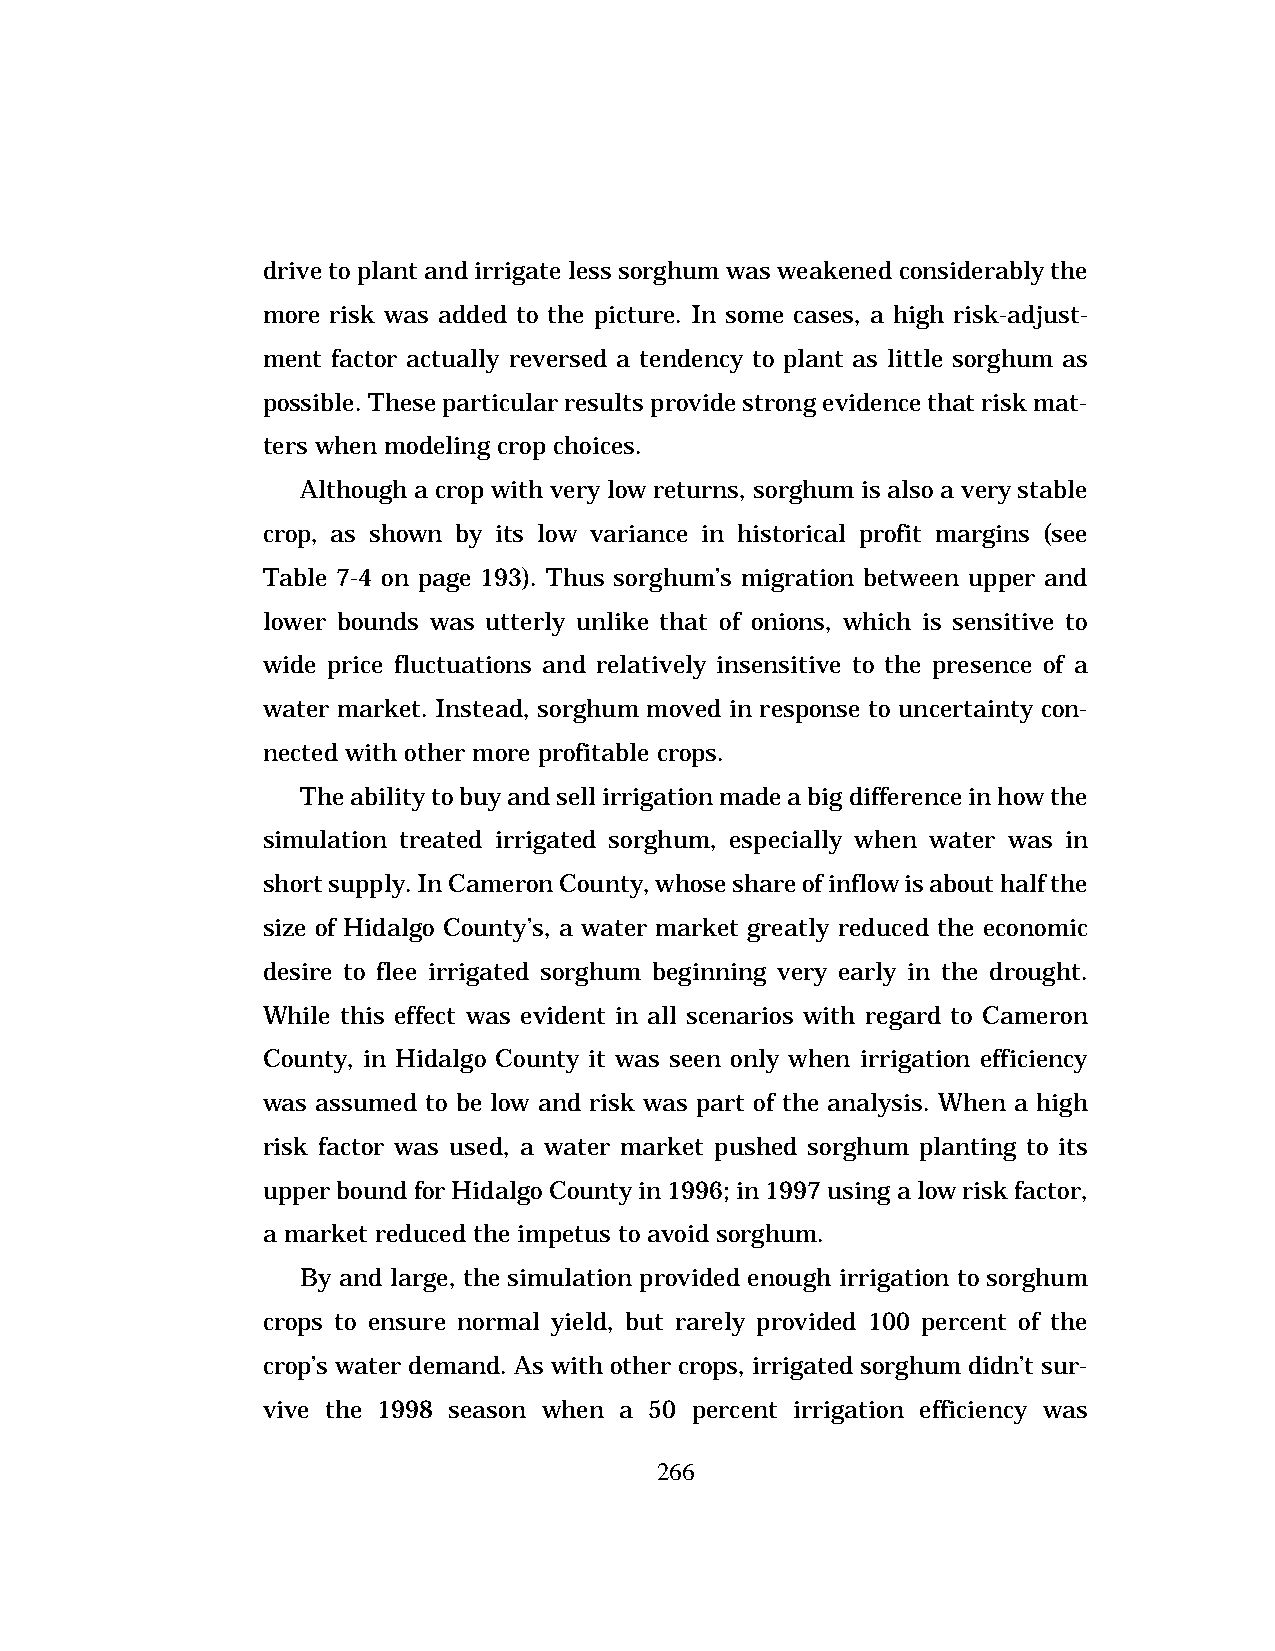
drive to plant and irrigate less sorghum was weakened considerably the
 more risk was added to the picture. In some cases, a high risk-adjust-
 ment factor actually reversed a tendency to plant as little sorghum as
 possible. These particular results provide strong evidence that risk mat-
 ters when modeling crop choices.
 Although a crop with very low returns, sorghum is also a very stable
 crop, as shown by its low variance in historical profit margins (see
 Table 7-4 on page 193). Thus sorghum’s migration between upper and
 lower bounds was utterly unlike that of onions, which is sensitive to
 wide price fluctuations and relatively insensitive to the presence of a
 water market. Instead, sorghum moved in response to uncertainty con-
 nected with other more profitable crops.
 The ability to buy and sell irrigation made a big difference in how the
 simulation treated irrigated sorghum, especially when water was in
 short supply. In Cameron County, whose share of inflow is about half the
 size of Hidalgo County’s, a water market greatly reduced the economic
 desire to flee irrigated sorghum beginning very early in the drought.
 While this effect was evident in all scenarios with regard to Cameron
 County, in Hidalgo County it was seen only when irrigation efficiency
 was assumed to be low and risk was part of the analysis. When a high
 risk factor was used, a water market pushed sorghum planting to its
 upper bound for Hidalgo County in 1996; in 1997 using a low risk factor,
 a market reduced the impetus to avoid sorghum.
 By and large, the simulation provided enough irrigation to sorghum
 crops to ensure normal yield, but rarely provided 100 percent of the
 crop’s water demand. As with other crops, irrigated sorghum didn’t sur-
 vive the 1998 season when a 50 percent irrigation efficiency was
 266